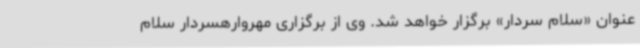
عنوان «سلام سردار» برگزار خواهد شد. وی از برگزاری مهروارهسردار سلام